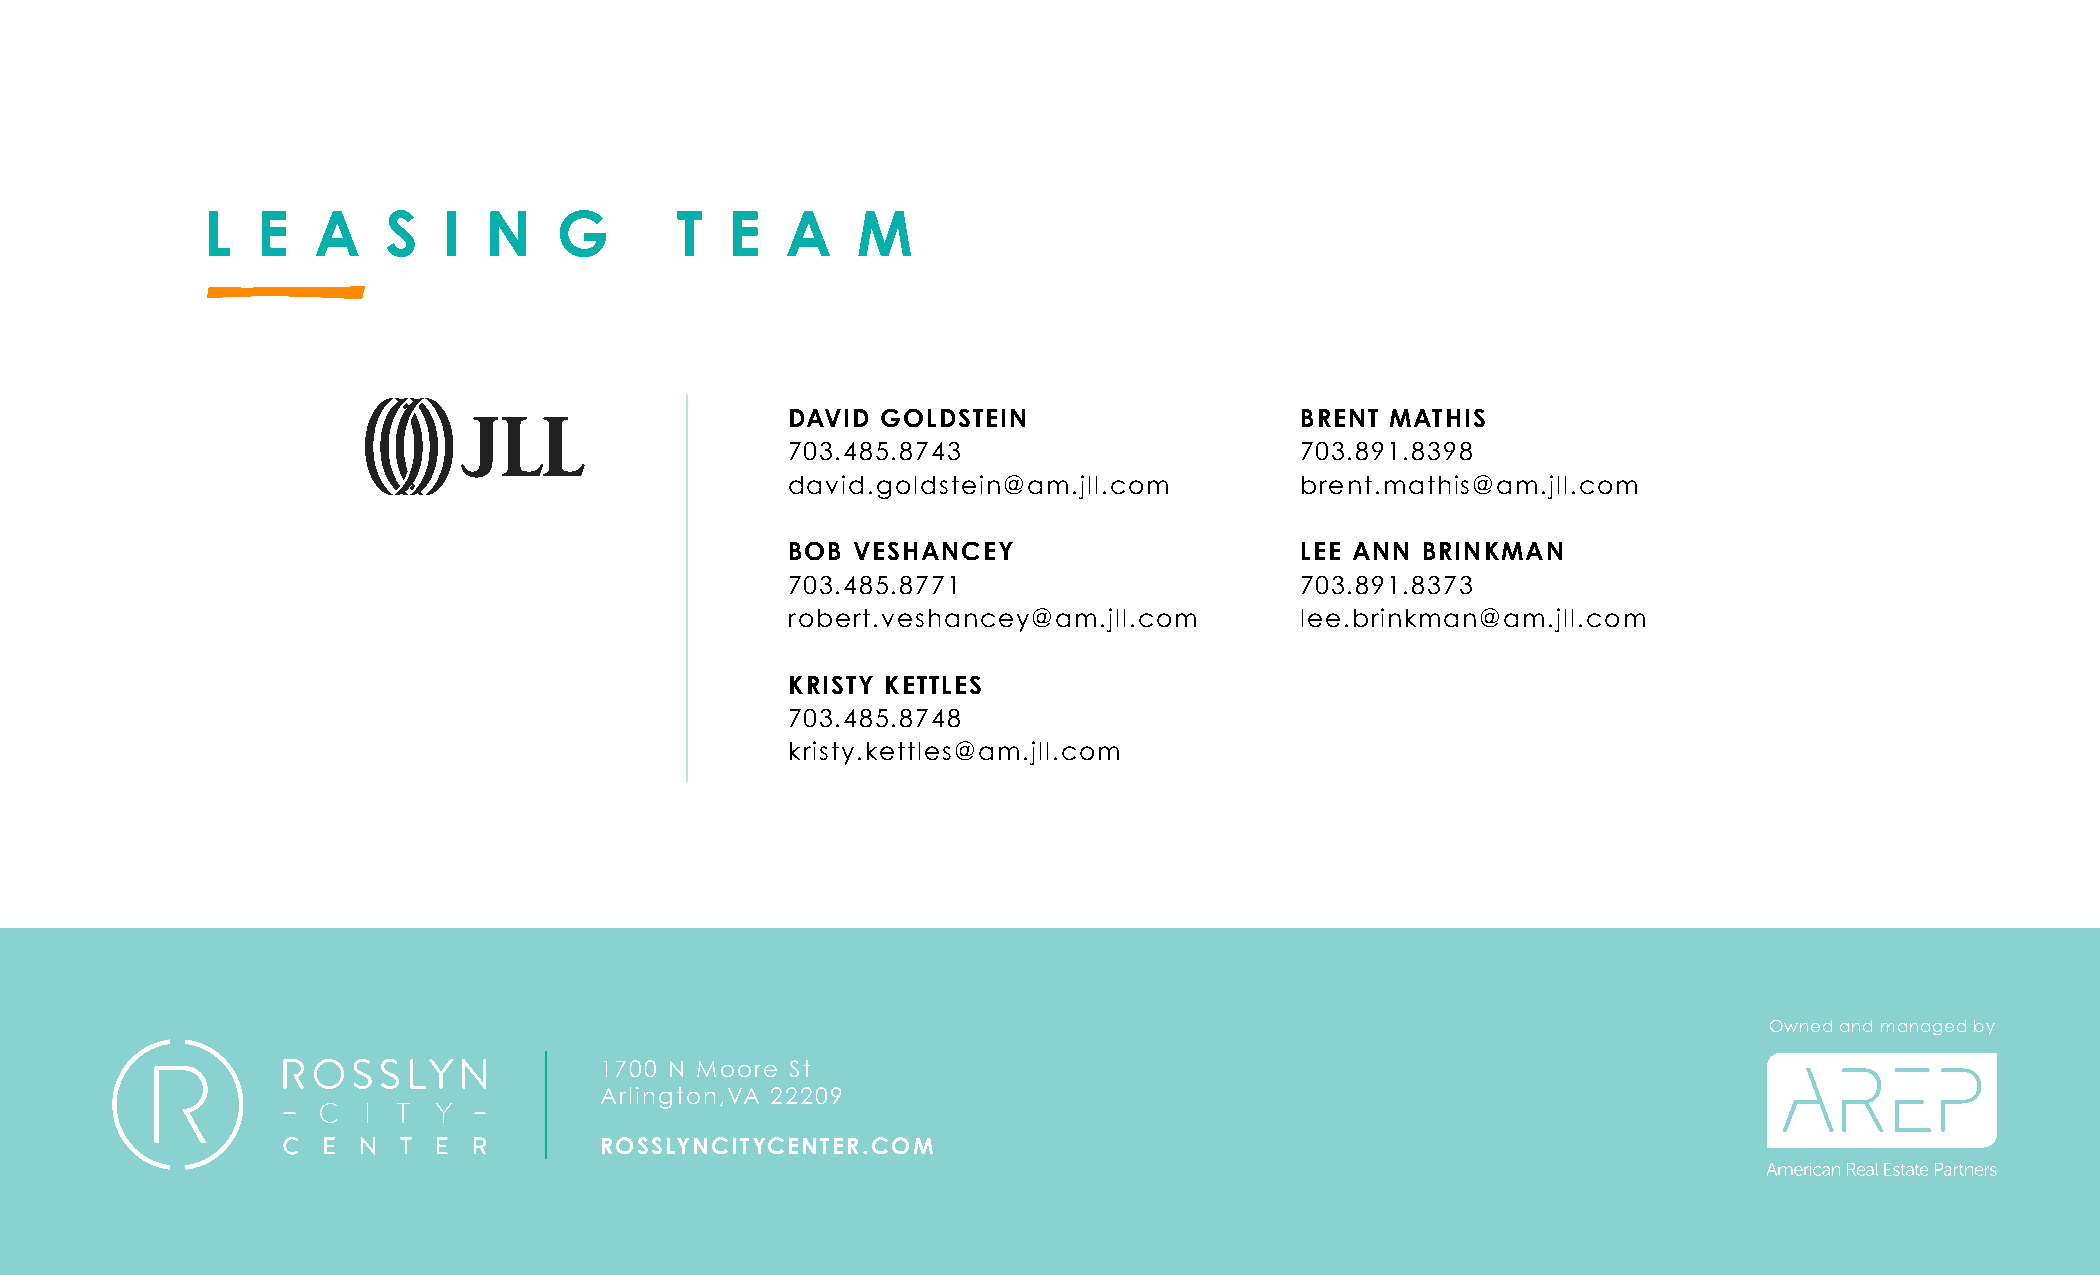
L  E   A    S  I  N    G       T  E   A    M
 DAVID GOLDSTEIN                   BRENT MATHIS
 703.485.8743                      703.891.8398
 david.goldstein@am.jll.com        brent.mathis@am.jll.com
 BOB VESHANCEY                     LEE ANN BRINKMAN
 703.485.8771                      703.891.8373
 robert.veshancey@am.jll.com       lee.brinkman@am.jll.com
 KRISTY KETTLES
 703.485.8748
 kristy.kettles@am.jll.com
 Owned and managed by
 1700 N Moore St
 Arlington,VA 22209
 ROSSLYNCITYCENTER.COM